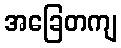
အခြေတကျ